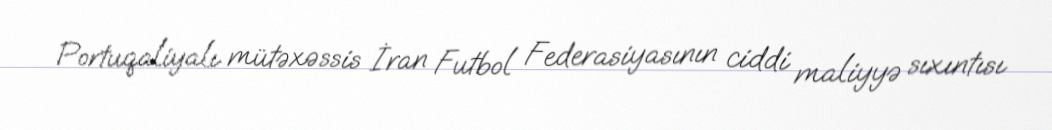
Portuqaliyalı mütəxəssis İran Futbol Federasiyasının ciddi maliyyə sıxıntısı